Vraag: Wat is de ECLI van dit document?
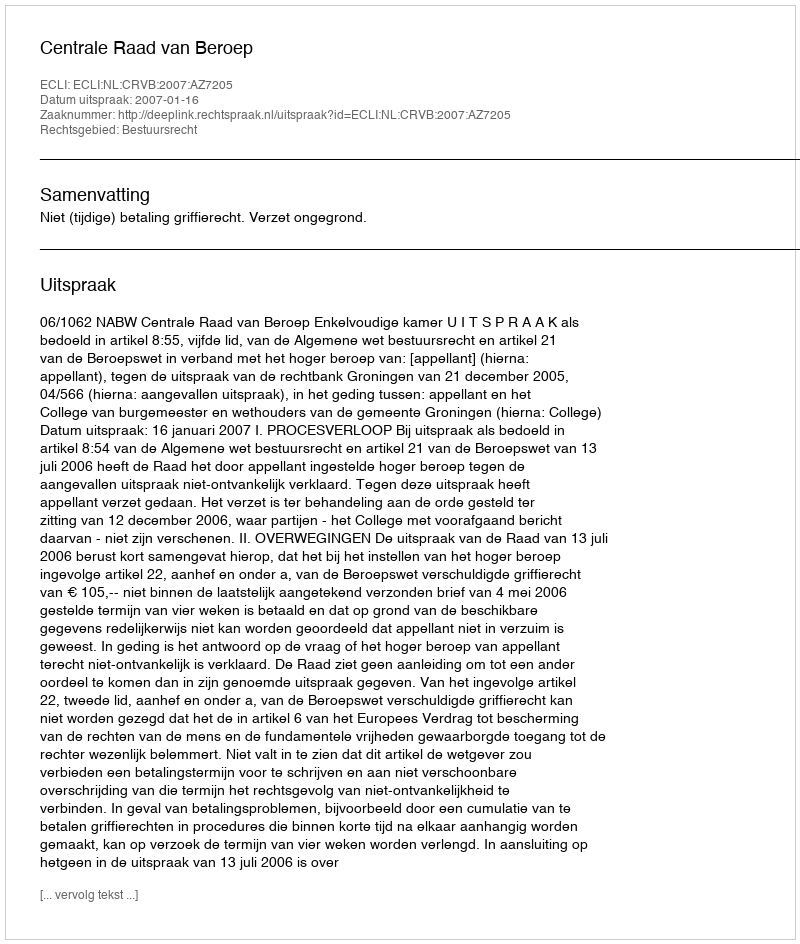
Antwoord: ECLI:NL:CRVB:2007:AZ7205